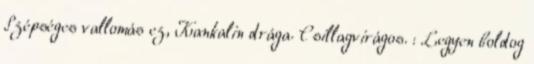
Szépséges vallomás ez, Kankalin drága. Csillagvirágos. : Legyen boldog